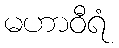
မဟာဝီရံ